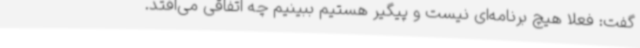
گفت: فعلا هیچ برنامه‌ای نیست و پیگیر هستیم ببینیم چه اتفاقی می‌افتد.